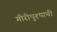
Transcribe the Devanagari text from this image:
गीरीपुश्पाची